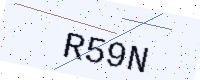
Text: R59N